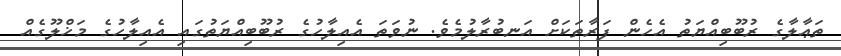
ތަޢާލާގެ ރުބޫބިއްޔަތު އެހެން ފަރާތަކަށް އަނބުރާލުމެވެ. ނުވަތަ އެއިލާހުގެ ރުބޫބިއްޔަތުގައި އެއިލާހުގެ މަޚްލޫގެއް